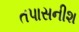
તપાસનીશ